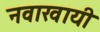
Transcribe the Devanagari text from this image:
नवाखायी